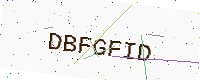
Text: DBFGFID